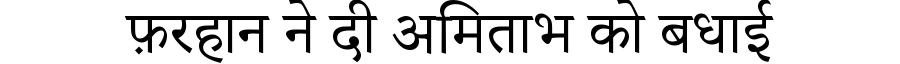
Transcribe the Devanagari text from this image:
फ़रहान ने दी अमिताभ को बधाई